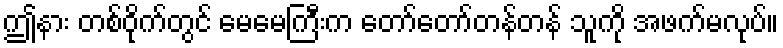
ဤနား တစ်ဝိုက်တွင် မေမေကြီးက တော်တော်တန်တန် သူကို အဖက်မလုပ်။